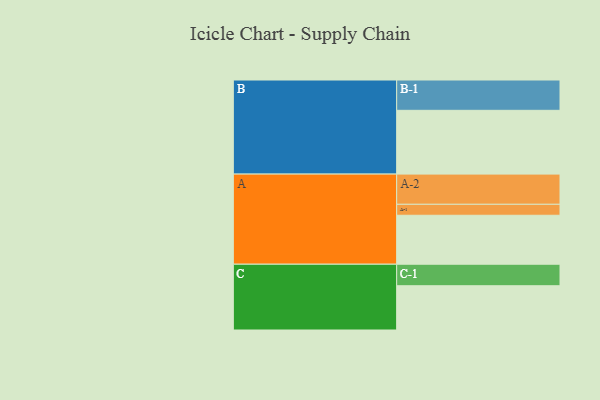
{"axis": {"x": "Segment", "y": "Value"}, "legend": ["", "A", "B", "C"], "data": [{"x": "A", "y": 344, "type": ""}, {"x": "B", "y": 448, "type": ""}, {"x": "C", "y": 311, "type": ""}, {"x": "A-1", "y": 77, "type": "A"}, {"x": "A-2", "y": 212, "type": "A"}, {"x": "B-1", "y": 213, "type": "B"}, {"x": "C-1", "y": 151, "type": "C"}]}